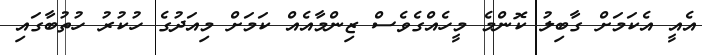
އެއީ އެކަމަށް ގާބިލު ކޮންމެ މީހެއްގެވެސް ޒިންމާއެއް ކަމަށް މިއަދުގެ ހުކުރު ހުތުބާގައި